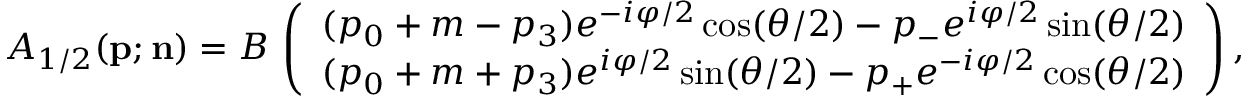
A _ { 1 / 2 } ( { \bf p } ; { \bf n } ) = B \, \left( \begin{array} { c c c } { { ( p _ { 0 } + m - p _ { 3 } ) e ^ { - i \varphi / 2 } \cos ( { \theta } / 2 ) - p _ { - } e ^ { i \varphi / 2 } \sin ( { \theta } / 2 ) } } \\ { { ( p _ { 0 } + m + p _ { 3 } ) e ^ { i \varphi / 2 } \sin ( { \theta } / 2 ) - p _ { + } e ^ { - i \varphi / 2 } \cos ( { \theta } / 2 ) } } \end{array} \right) ,